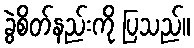
ခွဲစိတ်နည်းကို ပြသည်။